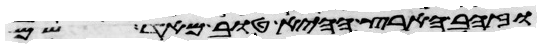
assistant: וזהב הארץ ההיא טוב מאד שם